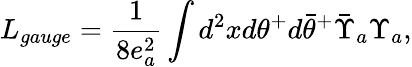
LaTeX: L_{gauge}=\frac{1}{8e_{a}^{2}}\int d^{2}xd\theta^{+}d{\bar{\theta}}^{+}{\bar{\Upsilon}}_{a}\Upsilon_{a},